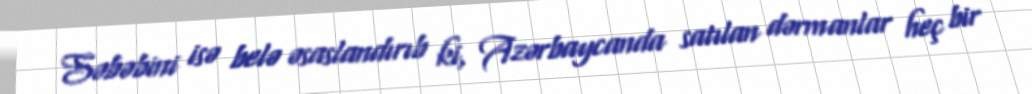
Səbəbini isə belə əsaslandırıb ki, Azərbaycanda satılan dərmanlar heç bir